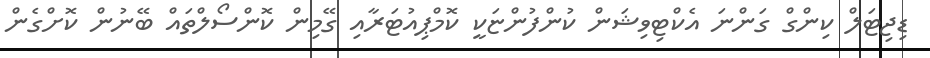
ޑިޖިޓަލް ކިންގް ގަންނަ އެކްޓިވިޝަން ކުންފުންޏަކީ ކޮމްޕިއުޓަރާއި ގޭމިން ކޮންސޯލްތައް ބޭނުން ކޮށްގެން